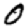
Digit: 0